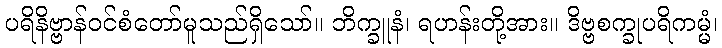
ပရိနိဗ္ဗာန်ဝင်စံတော်မူသည်ရှိသော်။ ဘိက္ခူနံ၊ ရဟန်းတို့အား။ ဒိဗ္ဗစက္ခုပရိကမ္မံ၊